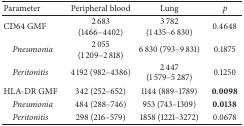
<table><thead><tr><td><b>Parameter</b></td><td><b>Peripheral blood</b></td><td><b>Lung</b></td><td><b><i>p</i></b></td></tr></thead><tbody><tr><td>CD64 GMF</td><td>2 683 (1466–4402)</td><td>3 782 (1 435–6 830)</td><td>0.4648</td></tr><tr><td> <i>Pneumonia</i></td><td>2 055 (1 209–2 818)</td><td>6 830 (793–9 831)</td><td>0.1875</td></tr><tr><td> <i>Peritonitis</i></td><td>4 192 (982–4386)</td><td>2 447 (1 579–5 287)</td><td>0.1250</td></tr><tr><td>HLA-DR GMF</td><td>342 (252–652)</td><td>1144 (889–1789)</td><td><b>0.0098</b></td></tr><tr><td> <i>Pneumonia</i></td><td>484 (288–746)</td><td>953 (743–1309)</td><td><b>0.0138</b></td></tr><tr><td> <i>Peritonitis</i></td><td>298 (216–579)</td><td>1858 (1221–3272)</td><td>0.0678</td></tr></tbody></table>